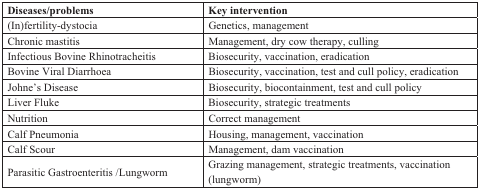
<table><thead><tr><td><b>Diseases/problems</b></td><td><b>Key intervention</b></td></tr></thead><tbody><tr><td>(In)fertility-dystocia</td><td>Genetics, management</td></tr><tr><td>Chronic mastitis</td><td>Management, dry cow therapy, culling</td></tr><tr><td>Infectious Bovine Rhinotracheitis</td><td>Biosecurity, vaccination, eradication</td></tr><tr><td>Bovine Viral Diarrhoea</td><td>Biosecurity, vaccination, test and cull policy, eradication</td></tr><tr><td>Johne’s Disease</td><td>Biosecurity, biocontainment, test and cull policy</td></tr><tr><td>Liver Fluke</td><td>Biosecurity, strategic treatments</td></tr><tr><td>Nutrition</td><td>Correct management</td></tr><tr><td>Calf Pneumonia</td><td>Housing, management, vaccination</td></tr><tr><td>Calf Scour</td><td>Management, dam vaccination</td></tr><tr><td>Parasitic Gastroenteritis /Lungworm</td><td>Grazing management, strategic treatments, vaccination (lungworm)</td></tr></tbody></table>